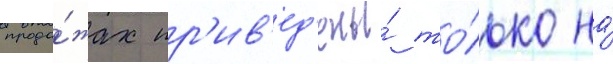
прода́жах пр'ив'ед'ены́ то́лько на́